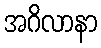
အဂိလာနာ